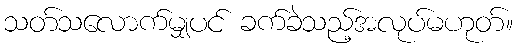
သတ်သလောက်မျှပင် ခက်ခဲသည့်အလုပ်မဟုတ်။